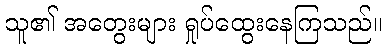
သူ၏ အတွေးများ ရှုပ်ထွေးနေကြသည်။